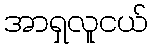
အာရှလူငယ်